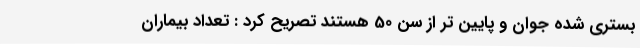
بستری شده جوان و پایین تر از سن 50 هستند تصریح کرد : تعداد بیماران